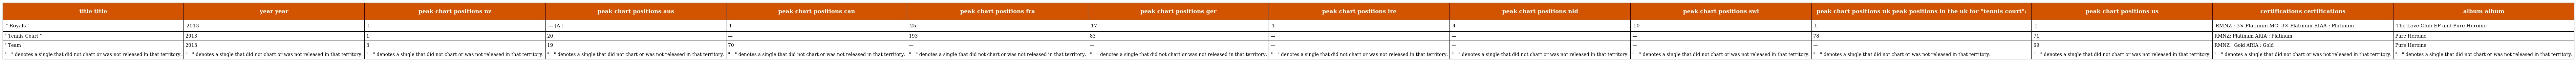
| title title | year year | peak chart positions nz | peak chart positions aus | peak chart positions can | peak chart positions fra | peak chart positions ger | peak chart positions ire | peak chart positions nld | peak chart positions swi | peak chart positions uk peak positions in the uk for "tennis court": | peak chart positions us | certifications certifications | album album |
 | --- | --- | --- | --- | --- | --- | --- | --- | --- | --- | --- | --- | --- | --- |
 | " Royals " | 2013 | 1 | — [A ] | 1 | 25 | 17 | 1 | 4 | 10 | 1 | 1 | RMNZ : 3× Platinum MC: 3× Platinum RIAA : Platinum | The Love Club EP and Pure Heroine |
 | " Tennis Court " | 2013 | 1 | 20 | — | 193 | 83 | — | — | — | 78 | 71 | RMNZ: Platinum ARIA : Platinum | Pure Heroine |
 | " Team " | 2013 | 3 | 19 | 70 | — | — | — | — | — | — | 69 | RMNZ : Gold ARIA : Gold | Pure Heroine |
 | "—" denotes a single that did not chart or was not released in that territory. | "—" denotes a single that did not chart or was not released in that territory. | "—" denotes a single that did not chart or was not released in that territory. | "—" denotes a single that did not chart or was not released in that territory. | "—" denotes a single that did not chart or was not released in that territory. | "—" denotes a single that did not chart or was not released in that territory. | "—" denotes a single that did not chart or was not released in that territory. | "—" denotes a single that did not chart or was not released in that territory. | "—" denotes a single that did not chart or was not released in that territory. | "—" denotes a single that did not chart or was not released in that territory. | "—" denotes a single that did not chart or was not released in that territory. | "—" denotes a single that did not chart or was not released in that territory. | "—" denotes a single that did not chart or was not released in that territory. | "—" denotes a single that did not chart or was not released in that territory. |